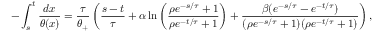
- \int _ { s } ^ { t } \frac { d x } { \theta ( x ) } = \frac { \tau } { \theta _ { + } } \left( \frac { s - t } { \tau } + \alpha \ln \left( \frac { \rho e ^ { - s / \tau } + 1 } { \rho e ^ { - t / \tau } + 1 } \right) + \frac { \beta ( e ^ { - s / \tau } - e ^ { - t / \tau } ) } { ( \rho e ^ { - s / \tau } + 1 ) ( \rho e ^ { - t / \tau } + 1 ) } \right) ,